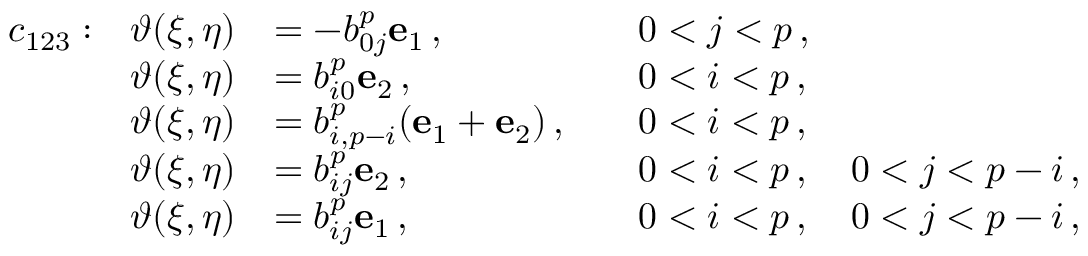
\begin{array} { r l r l r l } & { c _ { 1 2 3 } : } & { \boldsymbol { \vartheta } ( \xi , \eta ) } & { = - b _ { 0 j } ^ { p } \mathbf { e } _ { 1 } \, , } & & { 0 < j < p \, , } \\ & { } & { \boldsymbol { \vartheta } ( \xi , \eta ) } & { = b _ { i 0 } ^ { p } \mathbf { e } _ { 2 } \, , } & & { 0 < i < p \, , } \\ & { } & { \boldsymbol { \vartheta } ( \xi , \eta ) } & { = b _ { i , p - i } ^ { p } ( \mathbf { e } _ { 1 } + \mathbf { e } _ { 2 } ) \, , } & & { 0 < i < p \, , } \\ & { } & { \boldsymbol { \vartheta } ( \xi , \eta ) } & { = b _ { i j } ^ { p } \mathbf { e } _ { 2 } \, , } & & { 0 < i < p \, , \quad 0 < j < p - i \, , } \\ & { } & { \boldsymbol { \vartheta } ( \xi , \eta ) } & { = b _ { i j } ^ { p } \mathbf { e } _ { 1 } \, , } & & { 0 < i < p \, , \quad 0 < j < p - i \, , } \end{array}